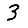
Digit: 3